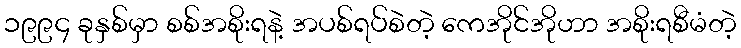
၁၉၉၄ ခုနှစ်မှာ စစ်အစိုးရနဲ့ အပစ်ရပ်စဲတဲ့ ကေအိုင်အိုဟာ အစိုးရစီမံတဲ့